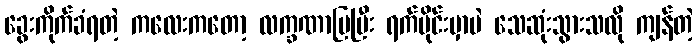
ခွေးကိုက်ခံရတဲ့ ကလေးကတော့ လက္ခဏာပြပြီး ရက်ပိုင်းမှာပဲ သေဆုံးသွားသလို ကျန်တဲ့